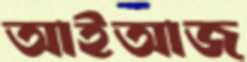
আইআজ